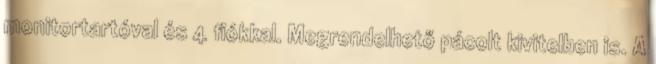
monitortartóval és 4 fiókkal. Megrendelhető pácolt kivitelben is. A